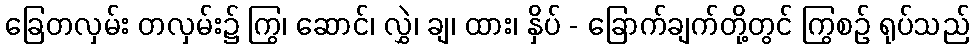
ခြေတလှမ်း တလှမ်း၌ ကြွ၊ ဆောင်၊ လွှဲ၊ ချ၊ ထား၊ နှိပ် - ခြောက်ချက်တို့တွင် ကြွစဉ် ရုပ်သည်